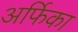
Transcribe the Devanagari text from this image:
अर्फिका